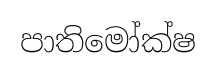
පාතිමෝක්ෂ